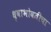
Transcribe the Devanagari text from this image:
धृवाभोवतीचा